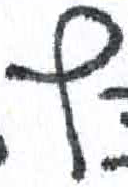
אות: ץ